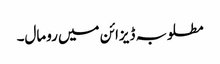
مطلوبہ ڈیزائن میں رومال۔